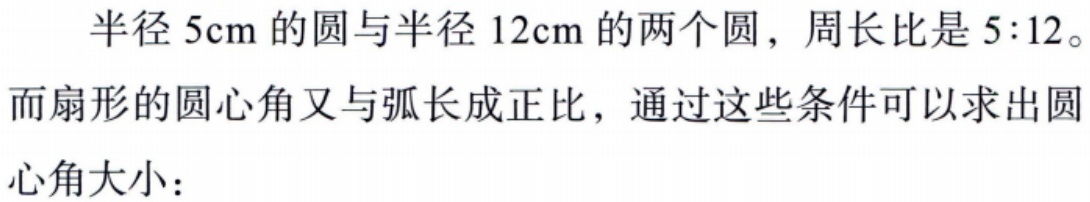
半径 \(5\text{cm}\) 的圆与半径 \(12\text{cm}\) 的两个圆，周长比是 \(5:12\)。
而扇形的圆心角又与弧长成正比，通过这些条件可以求出圆
心角大小：